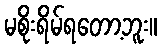
မစိုးရိမ်ရတော့ဘူး။